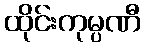
ထိုင်းကုမ္ပဏီ